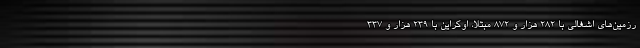
رزمین‌های اشغالی با ۲۸۲ هزار و ۸۷۲ مبتلا، اوکراین با ۲۳۹ هزار و ۳۳۷